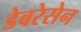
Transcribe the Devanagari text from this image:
डेबरेसेन